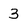
Character: 3